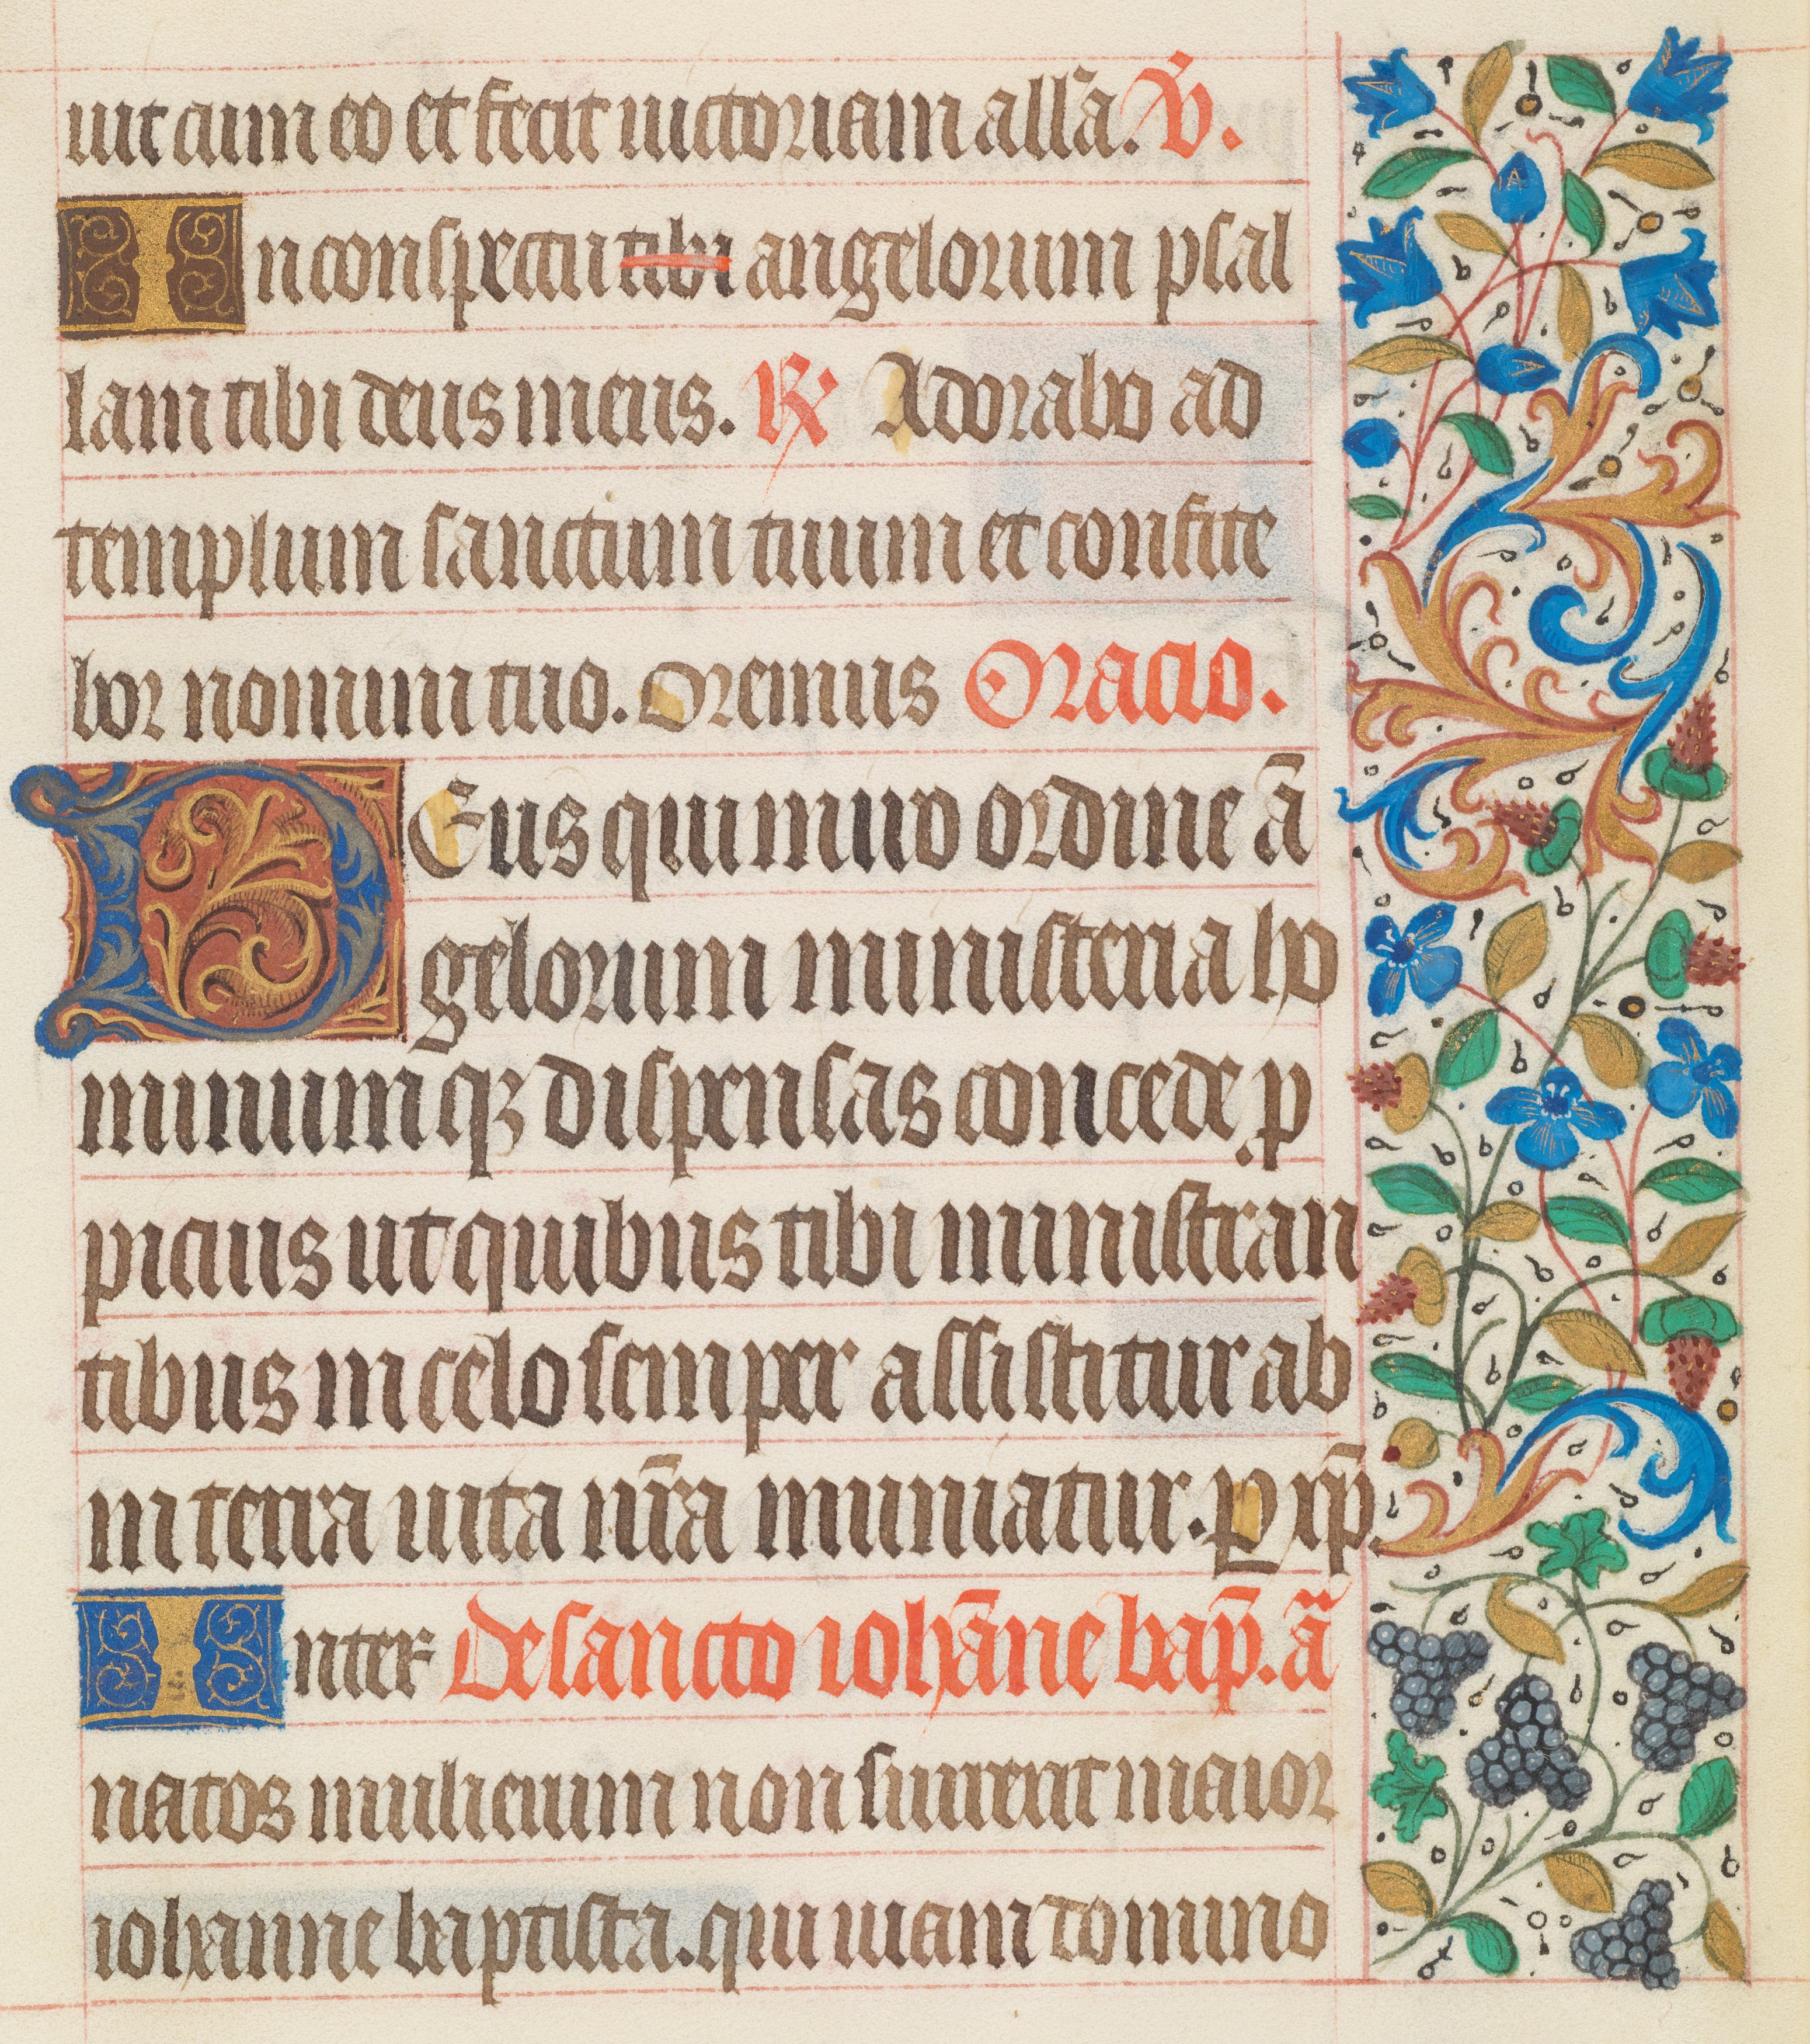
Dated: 1425–1449